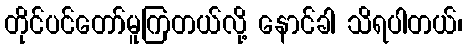
တိုင်ပင်တော်မူကြတယ်လို့ နောင်ခါ သိရပါတယ်၊